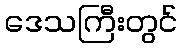
ဒေသကြီးတွင်